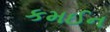
કમઈન